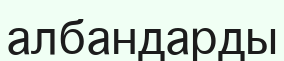
албандарды